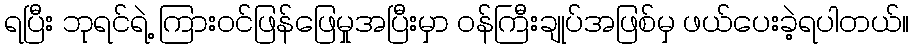
ရပြီး ဘုရင်ရဲ့ ကြားဝင်ဖြန်ဖြေမှုအပြီးမှာ ဝန်ကြီးချုပ်အဖြစ်မှ ဖယ်ပေးခဲ့ရပါတယ်။